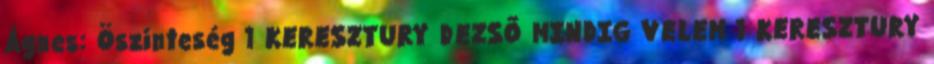
Ágnes: Öszinteség 1 KERESZTURY DEZSŐ MINDIG VELEM 1 KERESZTURY